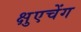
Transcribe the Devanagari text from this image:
क्षुएचेंग